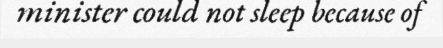
minister could not sleep because of